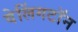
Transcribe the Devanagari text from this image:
वेलिंगटॉन